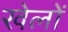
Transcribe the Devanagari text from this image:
खेलोें